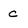
Character: c